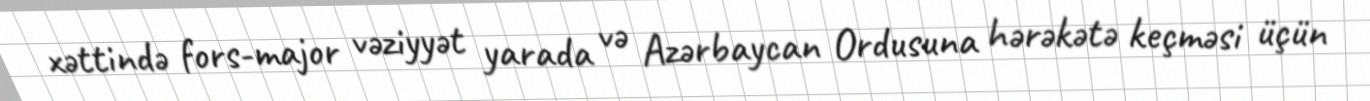
xəttində fors-major vəziyyət yarada və Azərbaycan Ordusuna hərəkətə keçməsi üçün